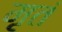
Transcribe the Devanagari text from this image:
मृतं